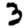
Digit: 3